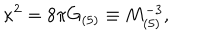
\kappa ^ { 2 } = 8 \pi G _ { ( 5 ) } \equiv M _ { ( 5 ) } ^ { - 3 } ,